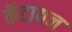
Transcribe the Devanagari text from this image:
कॅटायन